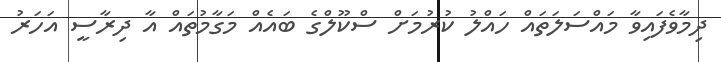
ދިމާވެފައިވާ މައްސަލަތައް ހައްލު ކުރުމަށް ސްކޫލްގެ ބައެއް މަގާމުތައް އާ ދިރާސީ އަހަރު